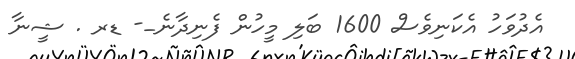
އެދުވަހު އެކަނިވެސް 1600 ބަލި މީހުން ފެނިދާނެ_- ޑރ . ޝީނާ